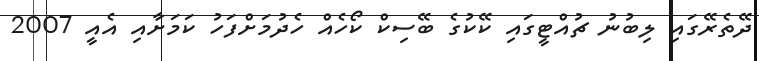
ދޭތެރޭގައި ލިބުނު ޗުއްޓީގައި ކޭކުގެ ބޭސިކް ކޯހެއް ހެދުމަށްފަހު ކަމަށާއި އެއީ 2007